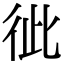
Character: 𢓗